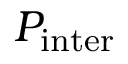
P _ { \mathrm { i n t e r } }